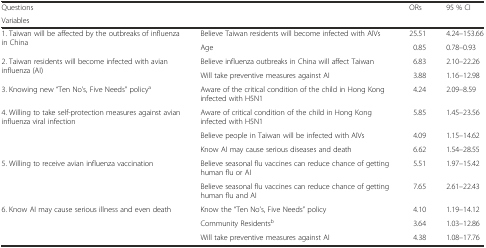
| <COLSPAN=2> Questions | <ROWSPAN=2> ORs | <ROWSPAN=2> 95 % CI |
 | <COLSPAN=2> Variables |
 | --- | --- | --- | --- |
 | <ROWSPAN=2> 1. Taiwan will be affected by the outbreaks of influenza in China | Believe Taiwan residents will become infected with AIVs | 25.51 | 4.24–153.66 |
 | Age | 0.85 | 0.78–0.93 |
 | <ROWSPAN=2> 2. Taiwan residents will become infected with avian influenza (AI) | Believe influenza outbreaks in China will affect Taiwan | 6.83 | 2.10–22.26 |
 | Will take preventive measures against AI | 3.88 | 1.16–12.98 |
 | 3. Knowing new “Ten No’s, Five Needs” policya | Aware of the critical condition of the child in Hong Kong infected with H5N1 | 4.24 | 2.09–8.59 |
 | <ROWSPAN=3> 4. Willing to take self-protection measures against avian influenza viral infection | Aware of critical condition of the child in Hong Kong infected with H5N1 | 5.85 | 1.45–23.56 |
 | Believe people in Taiwan will be infected with AIVs | 4.09 | 1.15–14.62 |
 | Know AI may cause serious diseases and death | 6.62 | 1.54–28.55 |
 | <ROWSPAN=2> 5. Willing to receive avian influenza vaccination | Believe seasonal flu vaccines can reduce chance of getting human flu or AI | 5.51 | 1.97–15.42 |
 | Believe seasonal flu vaccines can reduce chance of getting human flu and AI | 7.65 | 2.61–22.43 |
 | <ROWSPAN=3> 6. Know AI may cause serious illness and even death | Know the “Ten No’s, Five Needs” policy | 4.10 | 1.19–14.12 |
 | Community Residentsb | 3.64 | 1.03–12.86 |
 | Will take preventive measures against AI | 4.38 | 1.08–17.76 |